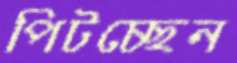
পিটচ্ছেন